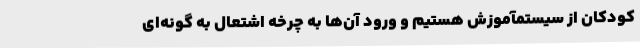
کودکان از سیستمآموزش هستیم و ورود آن‌ها به چرخه اشتعال به گونه‌ای